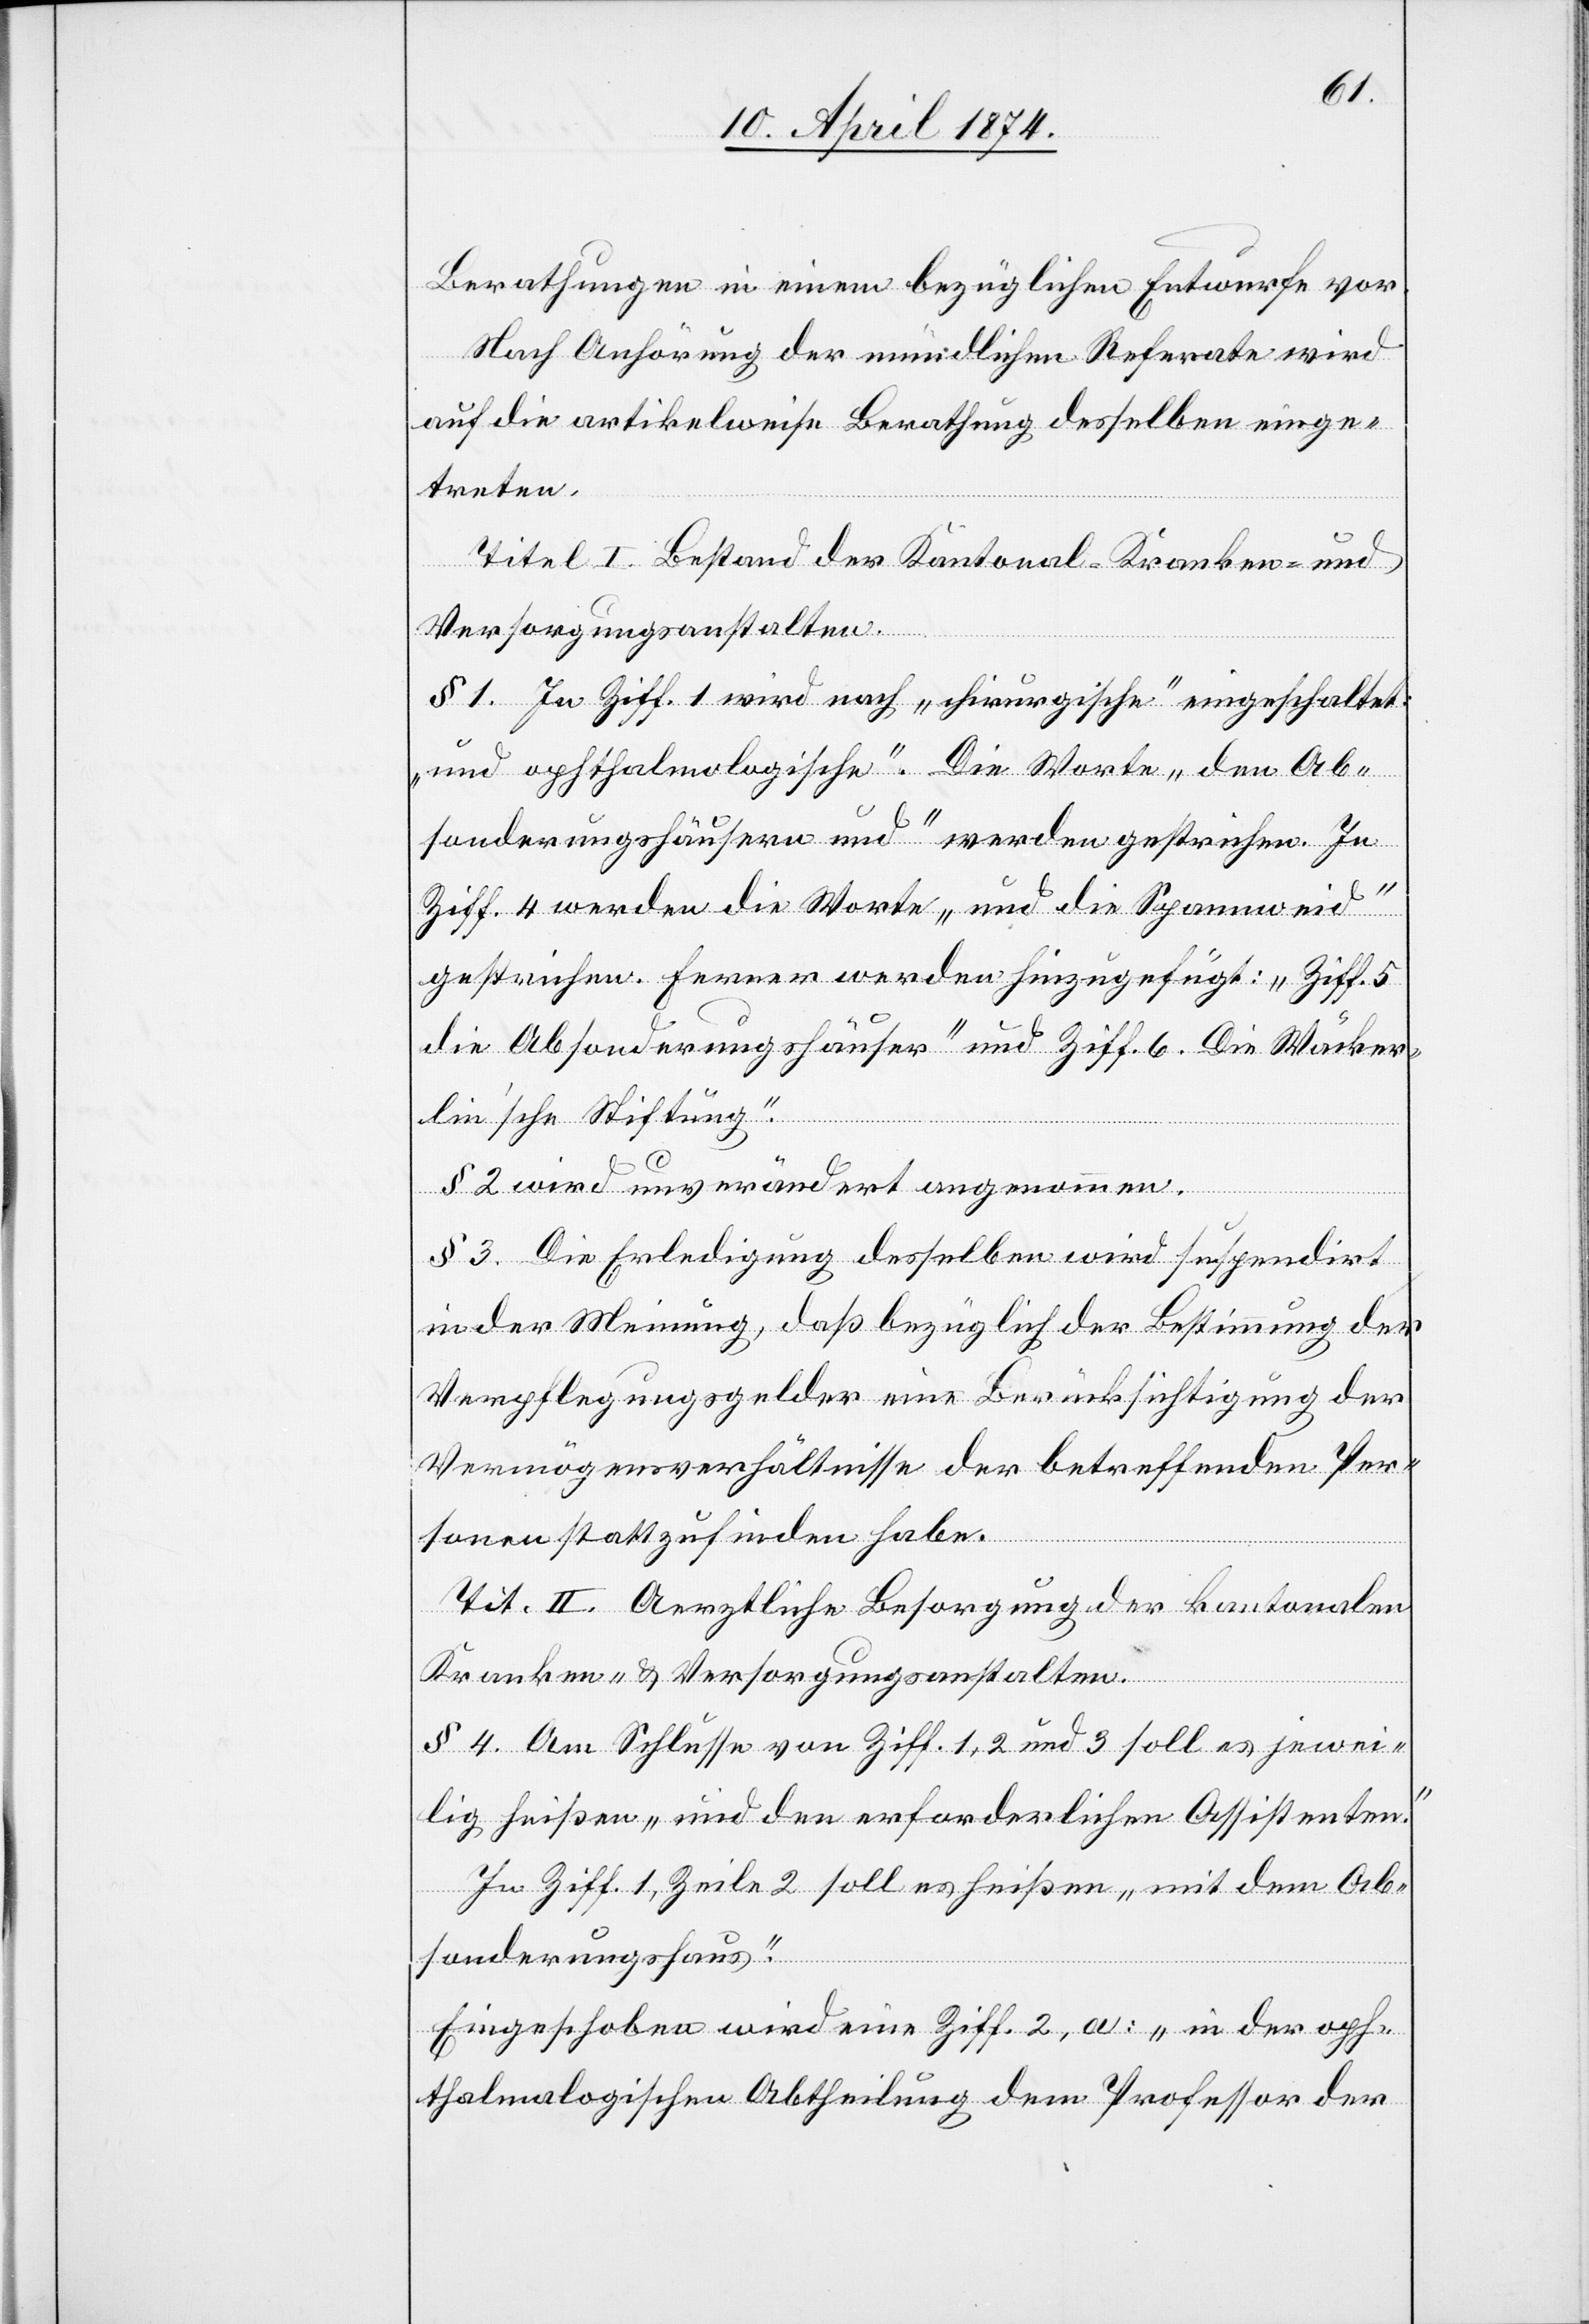
Berathungen in einem bezüglichen Entwurfe vor.
Nach Anhörung der mündlichen Referate wird
auf die artikelweise Berathung desselben einge¬
treten.
§ 1. In Ziff. 1 wird nach „chirurgische“ eingeschaltet:
„und ophthalmologische“. Die Worte „den Ab¬
sonderungshäusern und“ werden gestrichen. In
Ziff. 4 werden die Worte „und die Spannweid“
gestrichen. Ferner werden hinzugefügt: „ [sic!] Ziff. 5
[„]die Absonderungshäuser“ und Ziff. 6 [„]Die Wäcker¬
lin’sche Stiftung.“
§ 2 wird unverändert angenommen.
§ 3. Die Erledigung desselben wird suspendirt
in der Meinung, daß bezüglich der Bestimmung der
Verpflegungsgelder eine Berücksichtigung der
Vermögensverhältnisse der betreffenden Per¬
sonen stattzufinden habe.
Tit. II. Aerztliche Besorgung der kantonalen
Kranken- u. Versorgungsanstalten.
§ 4. Am Schlusse von Ziff. 1, 2 und 3 soll es jewei¬
lig heißen „und den erforderlichen Assistenten.“
In Ziff. 1, Zeile 2 soll es heißen „mit dem Ab¬
sonderungshaus.“
Eingeschoben wird eine Ziff. 2, a: „in der oph¬
thalmologischen Abtheilung dem Professor der